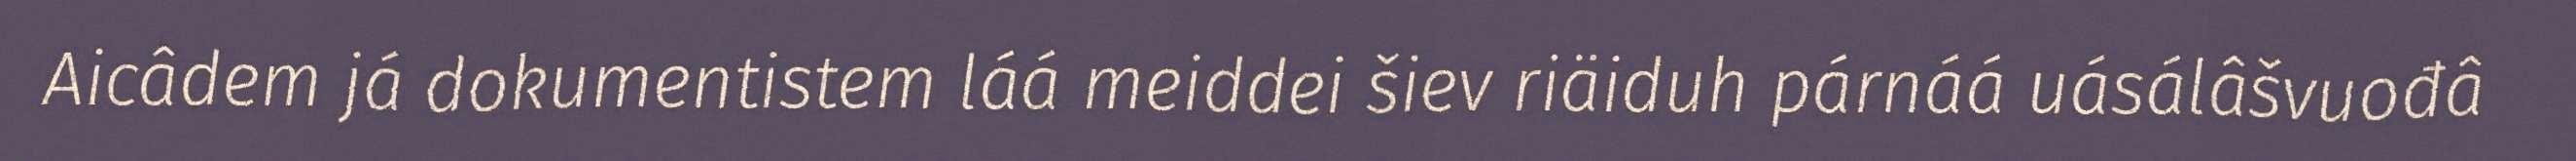
Aicâdem já dokumentistem láá meiddei šiev riäiduh párnáá uásálâšvuođâ